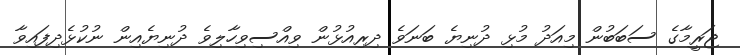
ޖަރީމާގެ ސަބަބުން މިއަދު މުޅި ދުނިޔެ ބަނަވެ ދިރިއުޅުން ވިއްސިވިހާލިވެ ދުނިޔެއިން ނުކުޅެދިފައިވާ